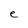
Character: e